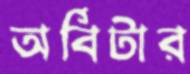
অর্বিটার